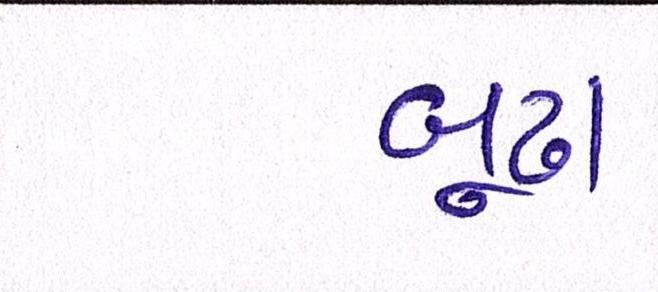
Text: બૂઢા